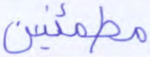
مطمئنين